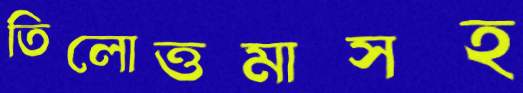
তিলোত্তমাসহ